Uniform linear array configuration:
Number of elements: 24
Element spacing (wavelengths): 0.5
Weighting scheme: kaiser
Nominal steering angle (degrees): -45
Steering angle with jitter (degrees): -46.69
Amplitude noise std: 0.05
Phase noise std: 0.05

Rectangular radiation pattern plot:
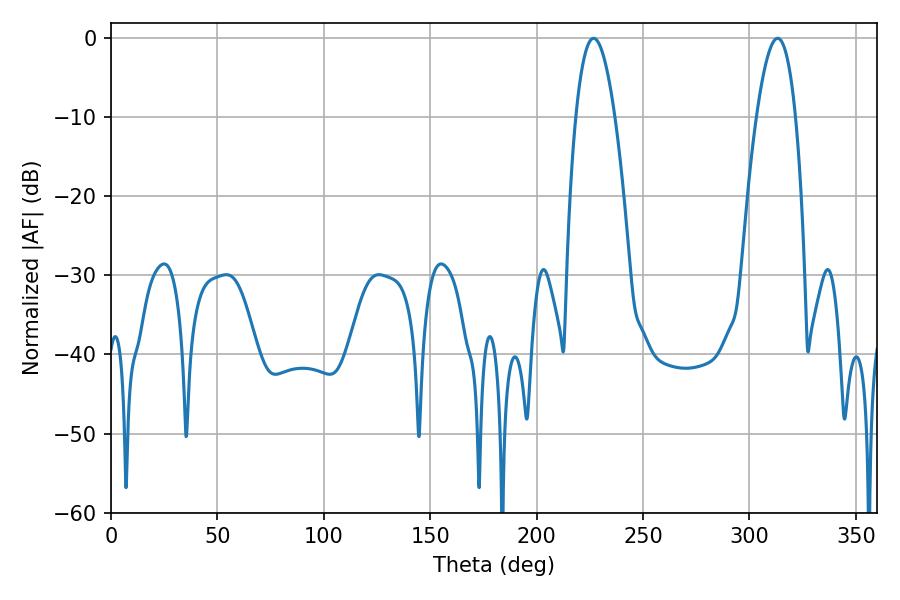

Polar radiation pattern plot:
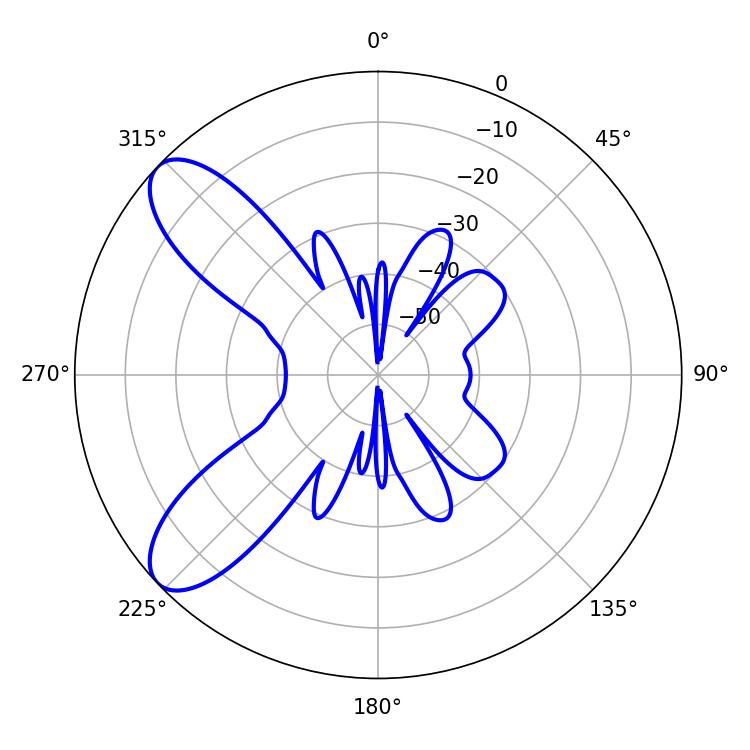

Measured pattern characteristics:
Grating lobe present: FALSE
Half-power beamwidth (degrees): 10.08
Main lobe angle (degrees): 226.8